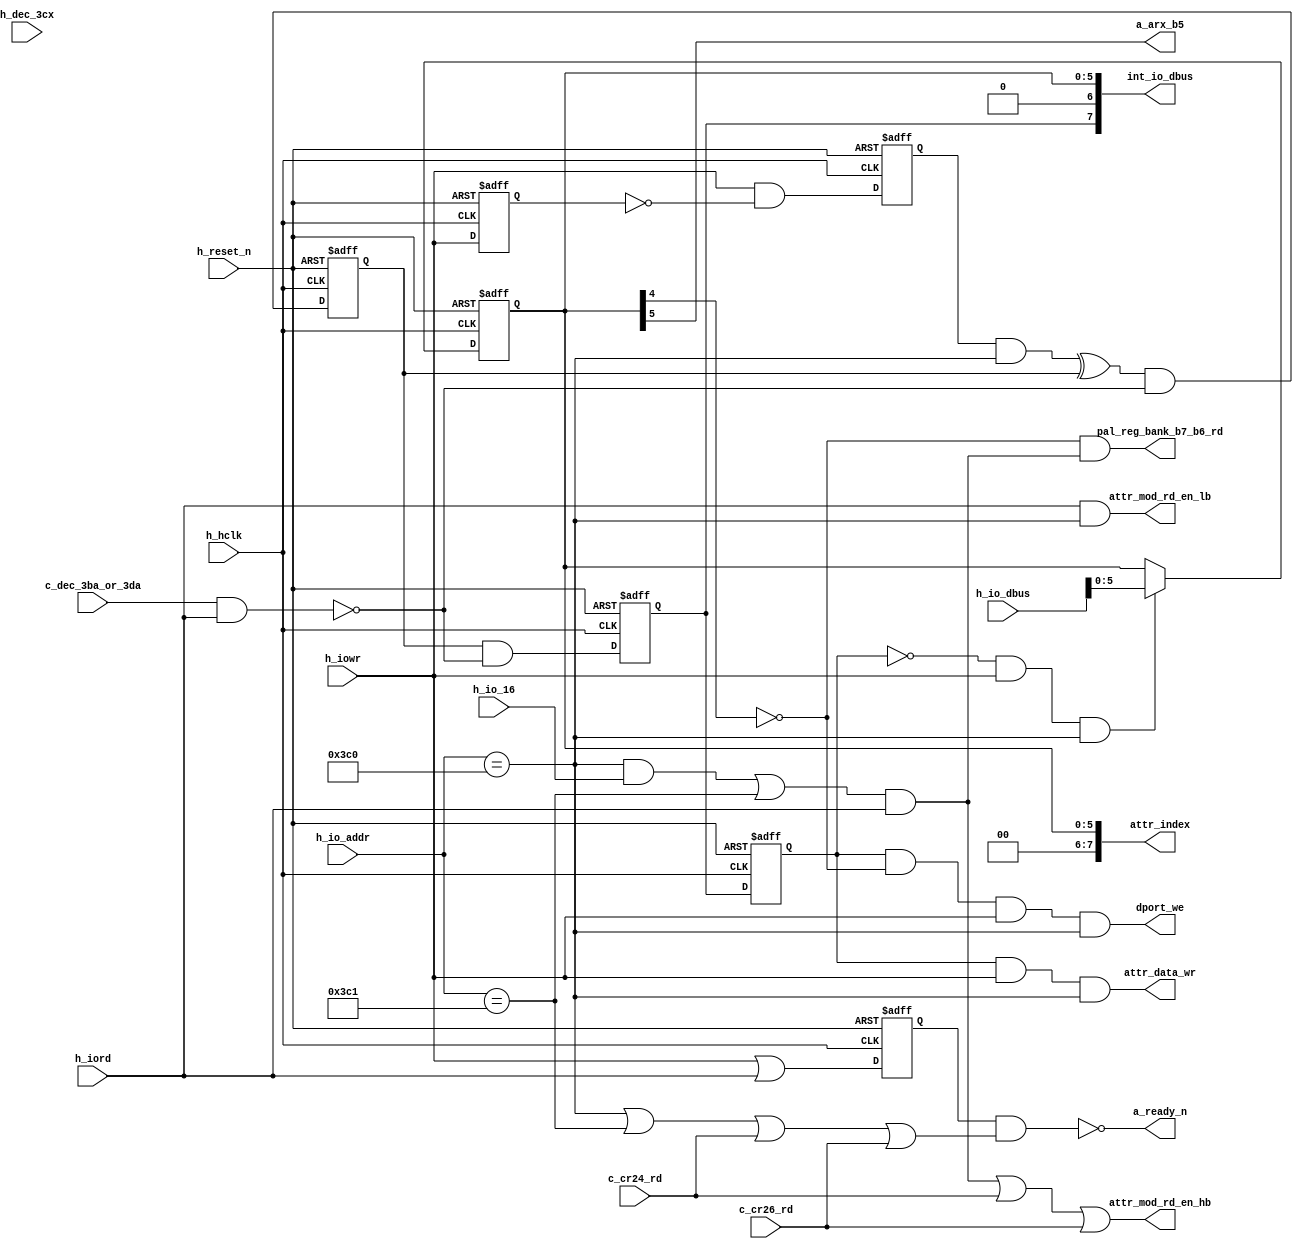
module attr_reg_dec
  (
   input       	  h_reset_n,
   input       	  h_iord,
   input       	  h_iowr,
   input       	  h_dec_3cx,
   input [15:0]   h_io_addr,
   input       	  c_cr24_rd,
   input       	  c_cr26_rd,
   input       	  c_dec_3ba_or_3da,   // decode of address 3ba or 3da
   input          h_io_16,
   input          h_hclk,             // host clock
   input [15:0]   h_io_dbus,
  
   output 	  attr_data_wr,       // Need to enable the attribute writing
   output 	  dport_we,           // Write enable for the dual ports
   output [7:0]   attr_index,
   output [7:0]   int_io_dbus,
   output         a_ready_n,
   output      	  attr_mod_rd_en_hb,
   output      	  attr_mod_rd_en_lb,
   output      	  a_arx_b5,           // Video display enable control bit
   output      	  pal_reg_bank_b7_b6_rd
   );
  
  reg 		  final_toggle_ff;
  reg 		  final_toggle_ff_d; // final_toggle_ff delayed by one h_hclk
  reg 		  toggle_ff;
  reg [5:0] 	  store_index;
  reg 		  h_iowr_trim_d;
  reg 		  h_iowr_d;       // Host io write delayed by one h_hclk
  reg 		  rd_or_wr_d;
  
  wire 		  wr_to_3c0;
  wire 		  rd_to_3ba_or_3da;
  wire 		  attr_index_rd; // Attribute index read
  wire 		  attr_data_rd;
  wire 		  dec_3c0;
  wire 		  dec_3c1;
  wire 		  attr_io_hit;
  wire 		  rd_or_wr;
  wire 		  h_iowr_trim;
  
  integer 	  i;
  
  // Infering Attribute index register. 
  // dout is connected to h_io_dbus[15:8]
  // because reading of this register happens at odd address ("03C1")
  always @(posedge h_hclk or negedge h_reset_n)
    if (!h_reset_n) 
      store_index <= 6'b0;
    else if (~final_toggle_ff_d & h_iowr & h_io_addr == 16'h03c0)
      store_index <= h_io_dbus[5:0];
  
  assign   attr_index = {2'b0, store_index};
      
  assign   a_arx_b5 = attr_index[5]; // Video display enable control bit
  
  // Realizing index toggle register
  assign   dec_3c0  = h_io_addr == 16'h03c0;
  assign   dec_3c1  = h_io_addr == 16'h03c1;
  
  assign   rd_to_3ba_or_3da  = c_dec_3ba_or_3da & h_iord;
  assign   h_iowr_trim = (h_iowr & (~h_iowr_d));
  assign   wr_to_3c0   = h_iowr_trim_d & dec_3c0;
  
  always @(posedge h_hclk or negedge h_reset_n)
    if(~h_reset_n) toggle_ff <= 1'b0;
    else           toggle_ff <= ((wr_to_3c0 ^ toggle_ff) & 
				 (~rd_to_3ba_or_3da));
  
  always @(posedge h_hclk or negedge h_reset_n)
    if(~h_reset_n) final_toggle_ff <= 1'b0;
    else           final_toggle_ff <= (toggle_ff & (~rd_to_3ba_or_3da));
  
  always @(posedge h_hclk or negedge h_reset_n)
    if(~h_reset_n) final_toggle_ff_d <= 1'b0;
    else           final_toggle_ff_d <= final_toggle_ff;
  
  always @(posedge h_hclk or negedge h_reset_n)
    if (!h_reset_n) begin
      h_iowr_trim_d <= 1'b0;
      h_iowr_d      <= 1'b0;
    end else begin
      h_iowr_trim_d <= h_iowr_trim;
      h_iowr_d      <= h_iowr;
    end

  assign dport_we     = final_toggle_ff_d & ~attr_index[4] & h_iowr & dec_3c0;
  
  assign attr_index_rd = h_iord & (h_io_addr == 16'h03c0);
  
  assign attr_data_wr = final_toggle_ff_d & h_iowr & dec_3c0;
  assign attr_data_rd = ( (dec_3c0 & h_io_16) | dec_3c1 ) & h_iord;
  
  assign int_io_dbus = { final_toggle_ff, attr_index[6:0] };
  
  // detecting index 0 through f. pal_reg_bank_b7_b6_rd will be set whenever
  // there is a read to any of registers in the palette register bank.
  assign pal_reg_bank_b7_b6_rd =  (~attr_index[4]) & attr_data_rd;
  assign attr_mod_rd_en_hb     = attr_data_rd | c_cr24_rd | c_cr26_rd;
  assign attr_mod_rd_en_lb     = attr_index_rd;
  
  // Generating attr_io_hit by checking that the address range falls into one
  // of the IO register of attr module
  assign attr_io_hit = dec_3c0 | dec_3c1 | c_cr24_rd | c_cr26_rd;
  
  assign rd_or_wr = h_iowr | h_iord;

  always @(posedge h_hclk or negedge h_reset_n)
    if (!h_reset_n) rd_or_wr_d <= 1'b0;
    else            rd_or_wr_d <= rd_or_wr;
  
  // delay (h_iowr | h_iord) by one h_hclk and then give it out as a_ready_n
  assign a_ready_n = (~(rd_or_wr_d & attr_io_hit) ) ;
  
endmodule